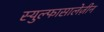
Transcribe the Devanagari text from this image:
स्युल्फासालेज़ीन